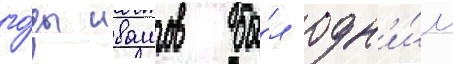
го́ды ивашов бы́л одн'и́м